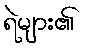
ရဲများ၏